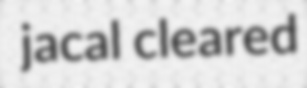
jacal cleared